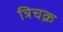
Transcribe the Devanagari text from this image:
त्रिचक्र